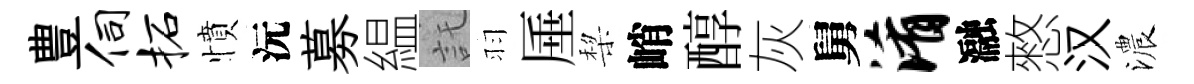
豊伺柘憤沅募緼託羽厜棃峭醇灰舅淆瀜憗汉濃